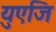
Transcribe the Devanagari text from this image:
युएजि